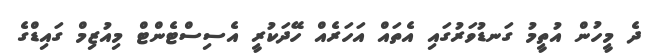
ދެ މީހުން އުތީމު ގަނޑުވަރުގައި އެތައް އަހަރެއް ހޭދަކުރީ އެސިސްޓެންޓް މިއުޒިމް ގައިޑްގެ